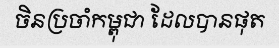
ចិនប្រចាំកម្ពុជា ដែលបានផុត